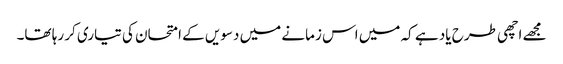
مجھے اچھی طرح یاد ہے کہ میں اس زمانے میں دسویں کے امتحان کی تیاری کر رہا تھا۔